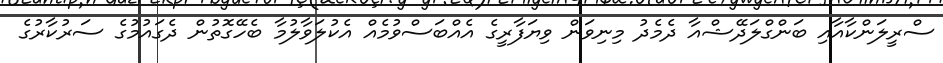
ސްރީލަންކާއާއި ބަންގްލަދޭޝްއާ ދެމެދު މިނިވަން ވިޔަފާރީގެ އެއްބަސްވުމެއް އެކުލަވާލުމާ ބެހޭގޮތުން ދެގައުމުގެ ސަރުކާރުގެ